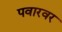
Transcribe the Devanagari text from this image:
पवारवर